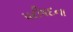
પરીષદના